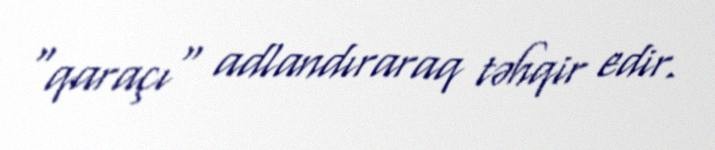
"qaraçı" adlandıraraq təhqir edir.